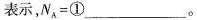
表示，N_{A}=①_____。